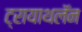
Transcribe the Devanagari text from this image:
ट्रायाथलॅन